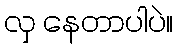
လှ နေတာပါပဲ။